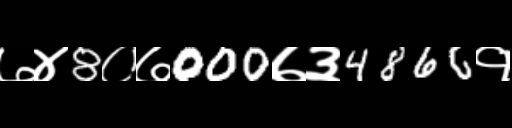
Text: ७४8०७000७३4866१